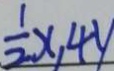
\frac { 1 } { 2 } x , 4 y